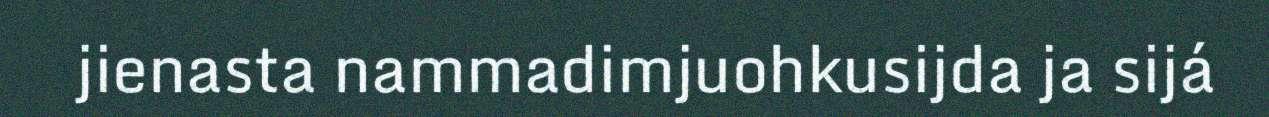
jienasta nammadimjuohkusijda ja sijá